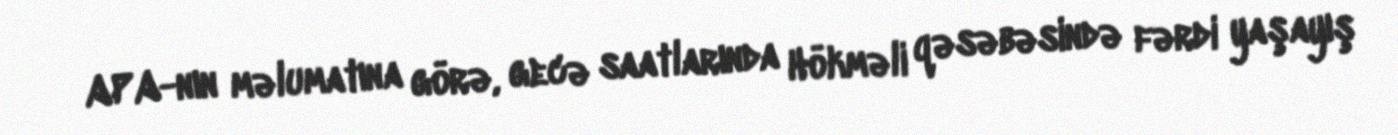
APA-nın məlumatına görə, gecə saatlarında Hökməli qəsəbəsində fərdi yaşayış